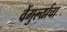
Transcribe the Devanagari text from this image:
वेंगुर्ल्याचा